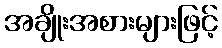
အချိုးအစားများဖြင့်